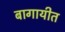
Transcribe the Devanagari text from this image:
बागायीत